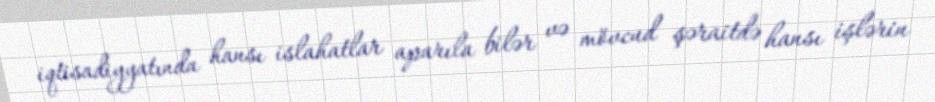
iqtisadiyyatında hansı islahatlar aparıla bilər və mövcud şəraitdə hansı işlərin